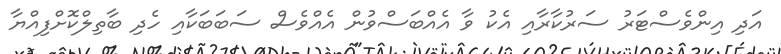
އަދި އިންވެސްޓަރު ސަރުކާރާއި އެކު ވާ އެއްބަސްވުން އެއްވެސް ސަބަބަކާއި ހެދި ބާތިލްކޮށްފިއްޔާ